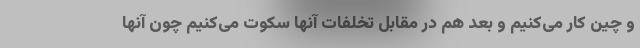
و چین کار می‌کنیم و بعد هم در مقابل تخلفات آنها سکوت می‌کنیم چون آنها